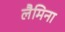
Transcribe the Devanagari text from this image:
लैमिना